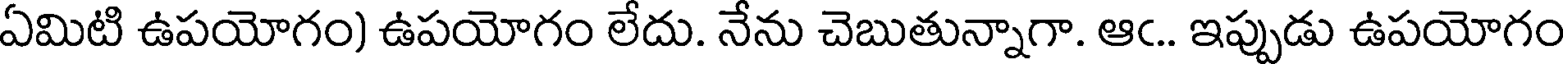
ఏమిటి ఉపయోగం) ఉపయోగం లేదు. నేను చెబుతున్నాగా. ఆఁ.. ఇప్పుడు ఉపయోగం